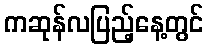
ကဆုန်လပြည့်နေ့တွင်